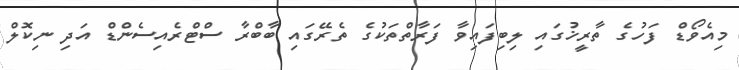
މިއެވޯޑް ފަހުގެ ތާރީޚުގައި ލިބިފައިވާ ފަރާތްތަކުގެ ތެރޭގައި ބާބްރާ ސްޓްރެއިސެންޑް އަދި ނިކޮލް